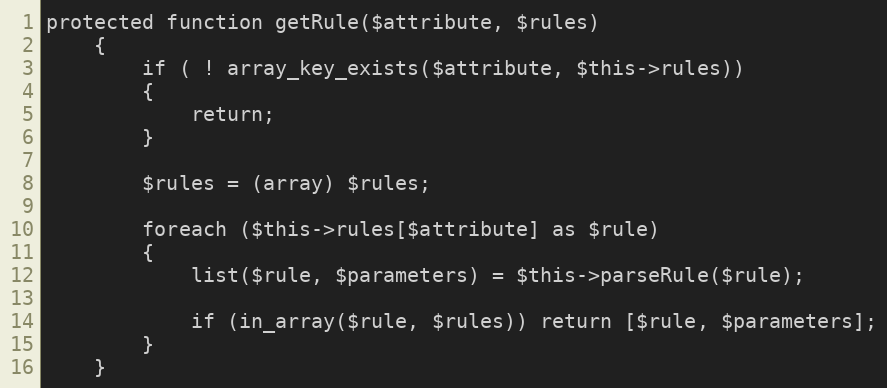
Language: PHP
protected function getRule($attribute, $rules)
	{
		if ( ! array_key_exists($attribute, $this->rules))
		{
			return;
		}

		$rules = (array) $rules;

		foreach ($this->rules[$attribute] as $rule)
		{
			list($rule, $parameters) = $this->parseRule($rule);

			if (in_array($rule, $rules)) return [$rule, $parameters];
		}
	}